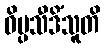
ဝိပ္ပသီဒိံသူတိ